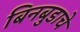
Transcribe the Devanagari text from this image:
बिनबुडाचे